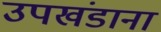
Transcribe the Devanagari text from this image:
उपखंडाना